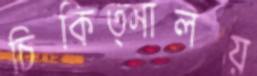
চিকিত্সালয়